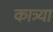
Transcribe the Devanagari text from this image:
कात्र्या